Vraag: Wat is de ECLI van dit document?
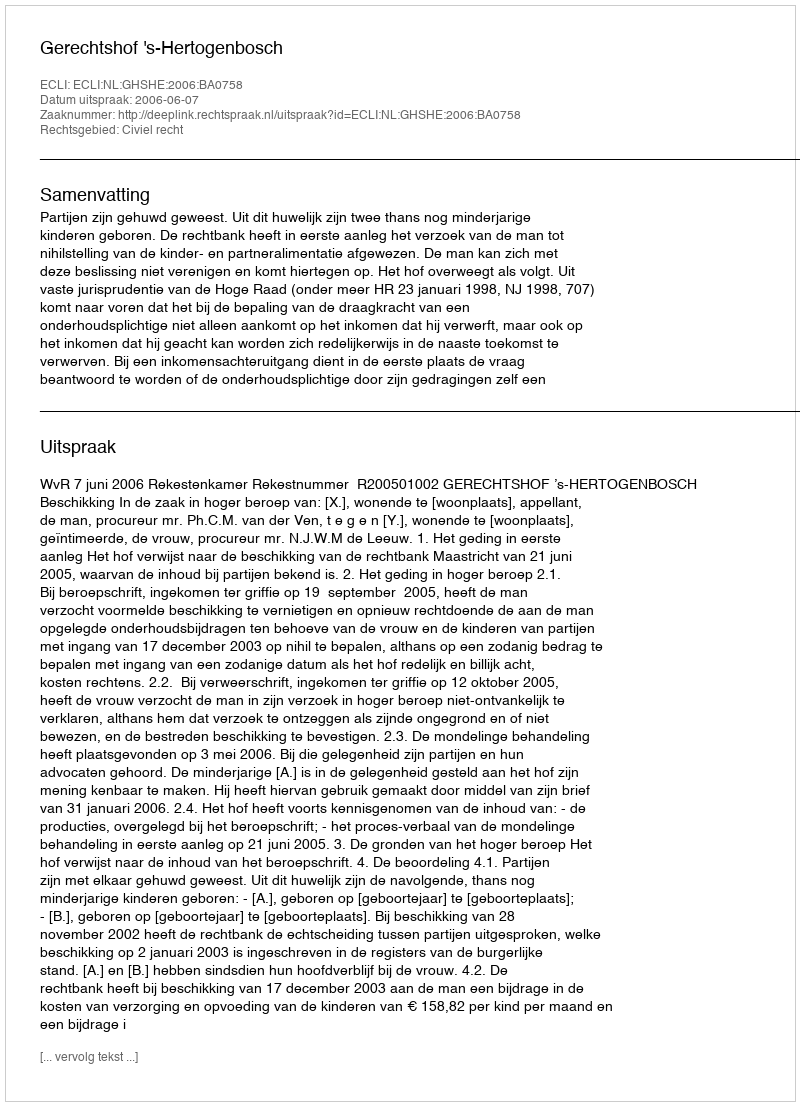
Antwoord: ECLI:NL:GHSHE:2006:BA0758